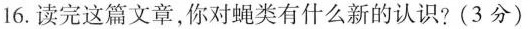
16. 读完这篇文章，你对蝇类有什么新的认识? (3分)